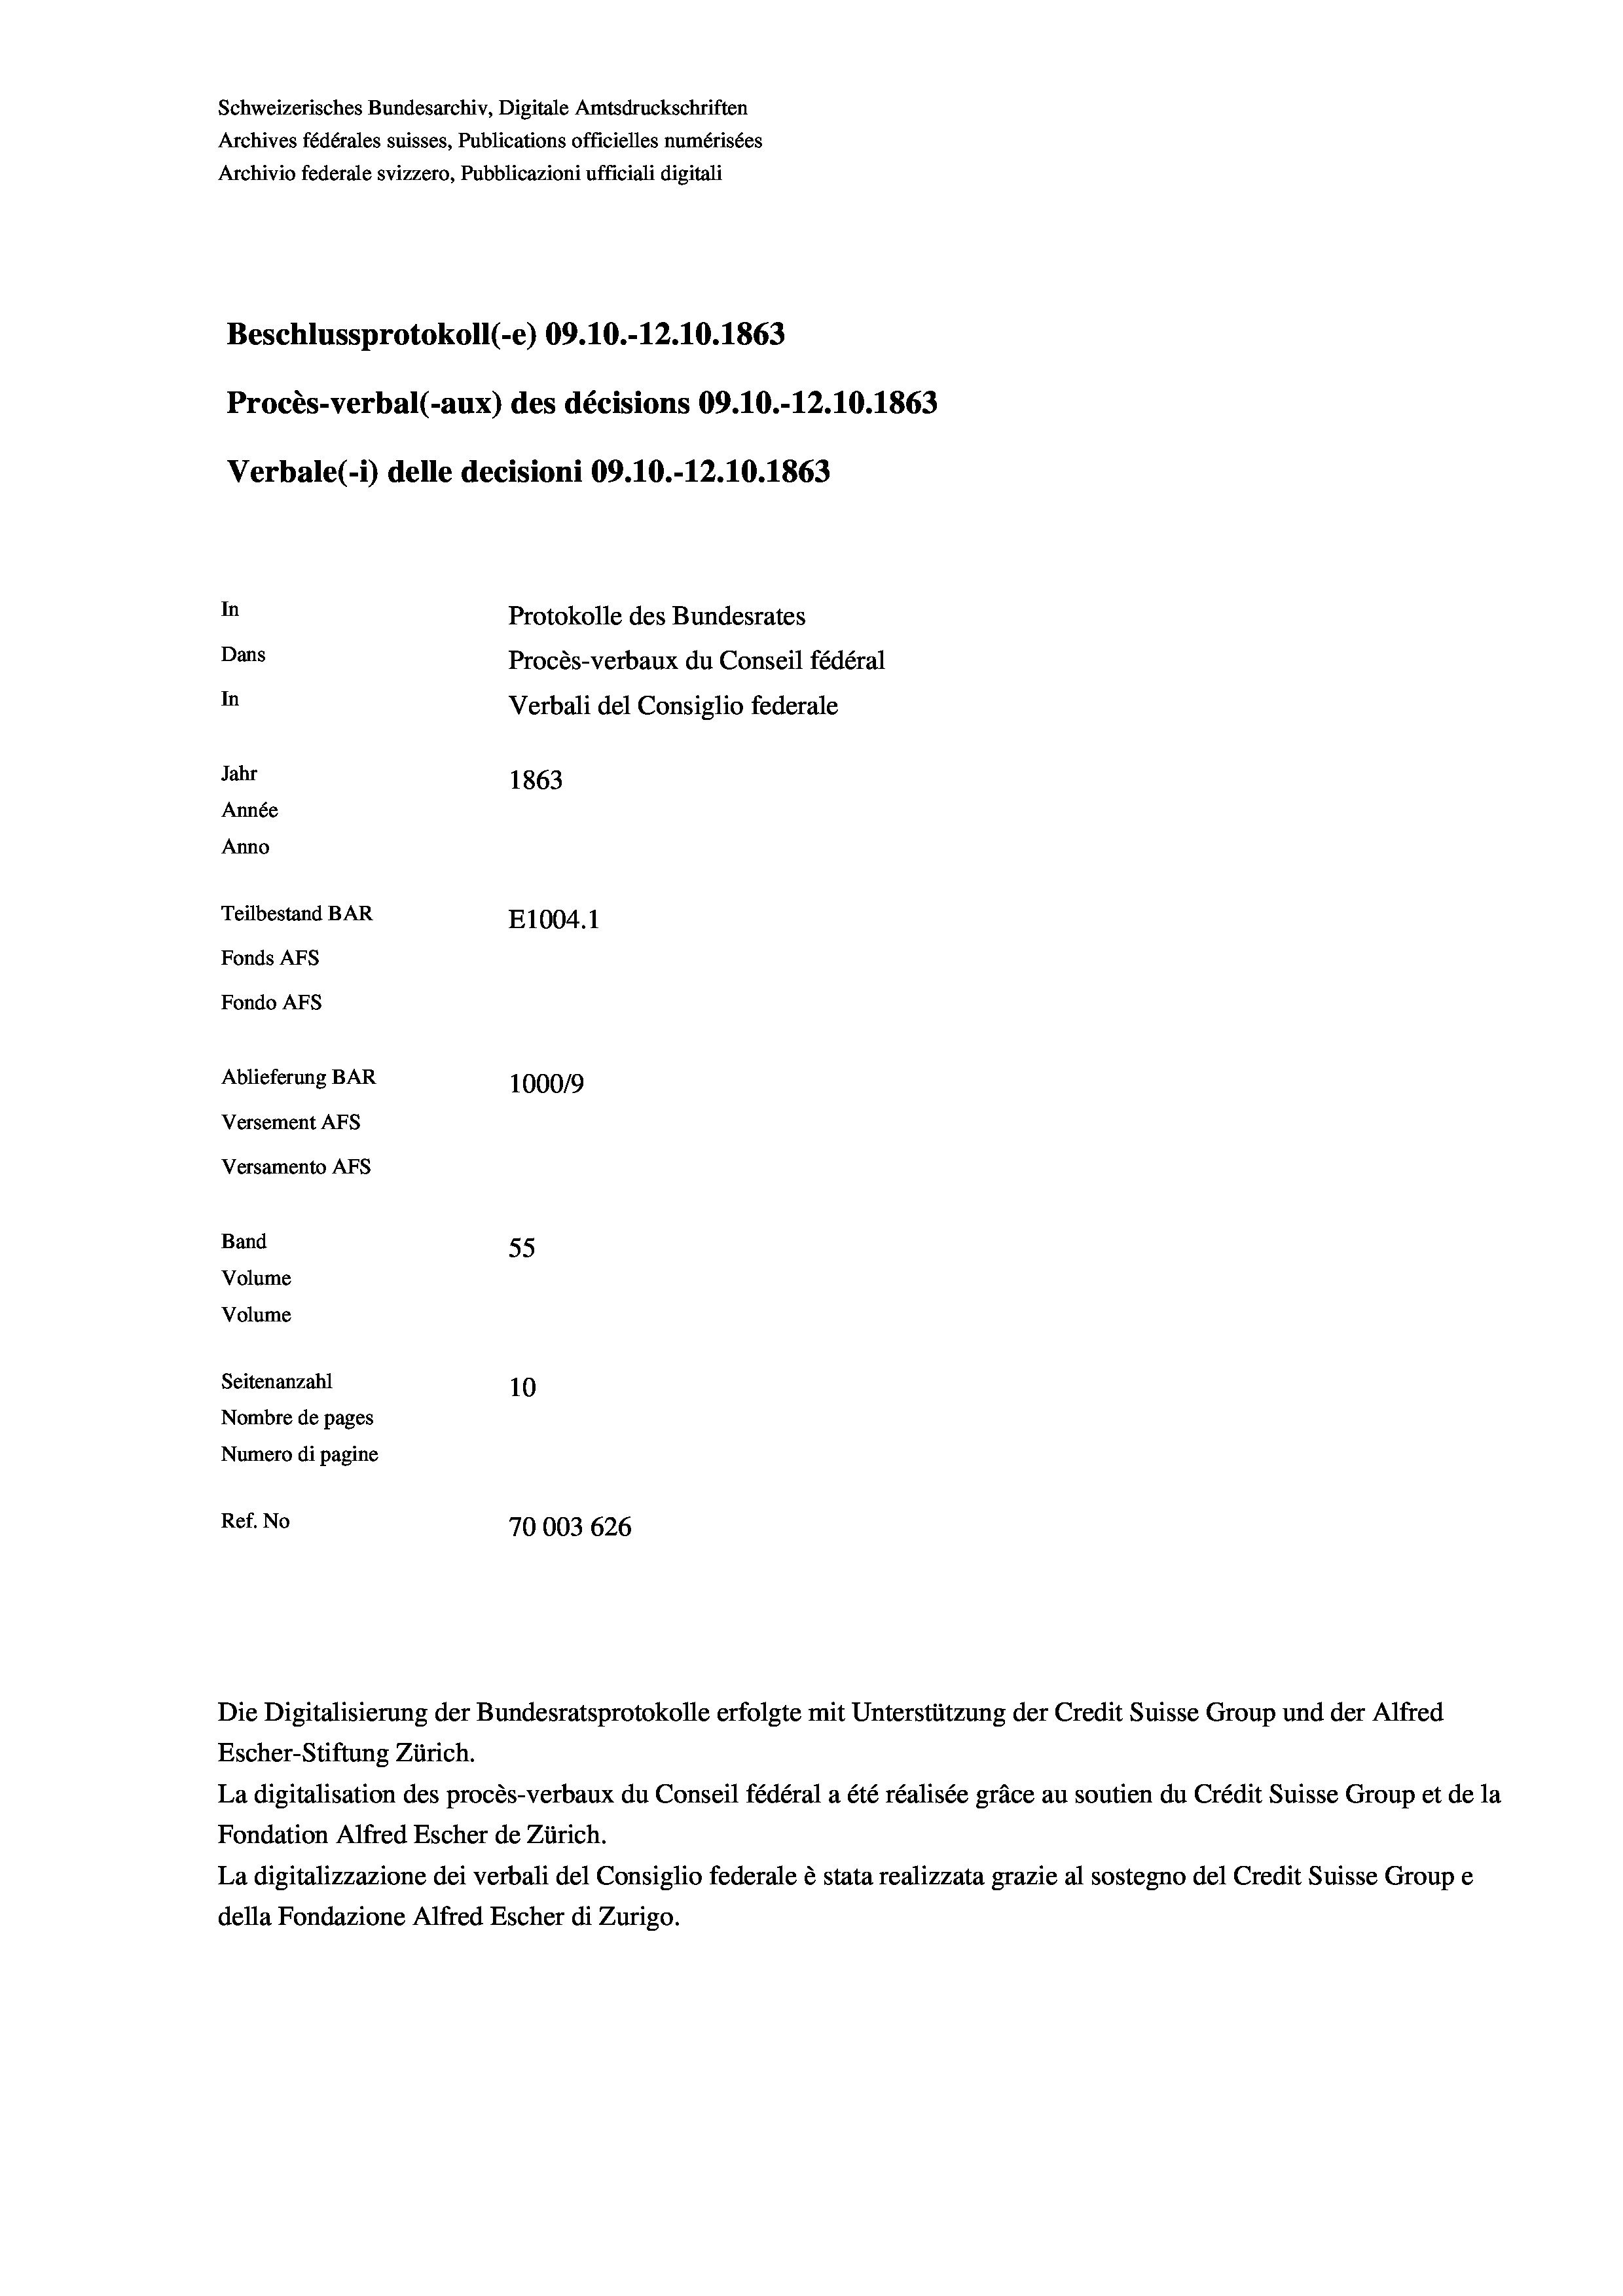
Schweizerisches Bundesarchiv, Digitale Amtsdruckschriften
Archives fédérales suisses, Publications officielles numérisées
Archivio federale svizzero, Pubblicazioni ufficiali digitali
Beschlussprotokoll (-e) 09.10.-12.10. 1863
Procès-verbal (-aux) des décisions 09.10.-12.10.1863
Verbale(-*) delle decisioni 09.10.-12.10.1863
In
Protokolle des Bundesrates
Dans
Procès-verbaux du Conseil fédéral
In
Verbali del Consiglio federale
Jahr
1863
Année
Anno
Teilbestand BAR
E1004.1
Fonds AFs
Fondo AFs
Ablieferung BAR
100019
Versement AFs
Versamento Afs

Band
Volume
Volume
Seitenanzahl

55
10
Nombre de pages
Numero di pagine
Ref. No
70003 626

Escher-Stiftung Zürich.
La digitalisation des procès-verbaux du Conseil fédéral a été réalisée gräce au soutien du Crédit Suisse Group et de la
Fondation Alfred Escher de Zürich.
La digitalizzazione dei verbali del Consiglio federale è stata realizzata grazie al sostegno del Credit Suisse Groupe
della Fondazione Alfred Escher di Zurigo.

Die Digitalisierung der Bundesratsprotokolle erfolgte mit Unterstützung der Credit Suisse Group und der Alfred